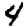
Digit: 4